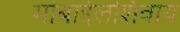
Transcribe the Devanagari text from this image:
मोबाईलशिवाय